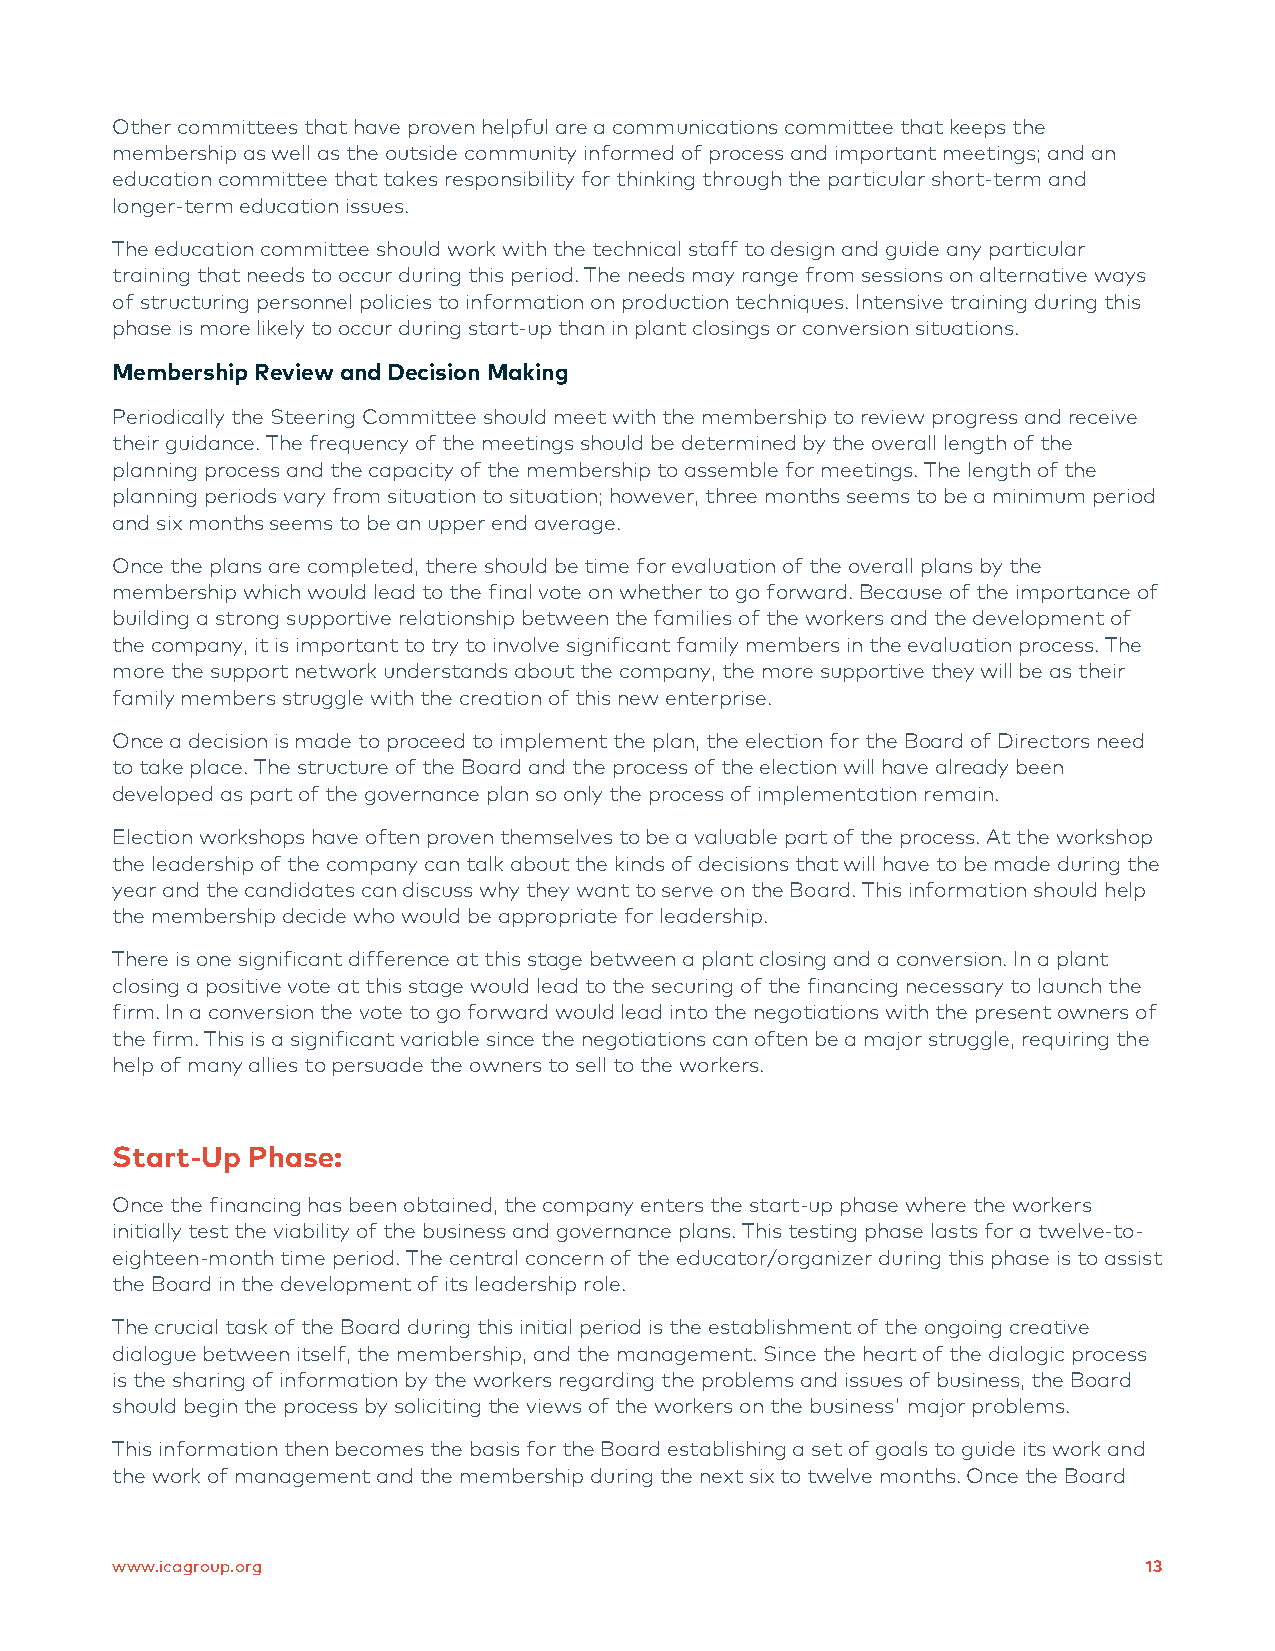
Other committees that have proven helpful are a communications committee that keeps the
 membership as well as the outside community informed of process and important meetings; and an
 education committee that takes responsibility for thinking through the particular short-term and
 longer-term education issues.
 The education committee should work with the technical staff to design and guide any particular
 training that needs to occur during this period. The needs may range from sessions on alternative ways
 of structuring personnel policies to information on production techniques. Intensive training during this
 phase is more likely to occur during start-up than in plant closings or conversion situations.
 Membership Review and Decision Making
 Periodically the Steering Committee should meet with the membership to review progress and receive
 their guidance. The frequency of the meetings should be determined by the overall length of the
 planning process and the capacity of the membership to assemble for meetings. The length of the
 planning periods vary from situation to situation; however, three months seems to be a minimum period
 and six months seems to be an upper end average.
 Once the plans are completed, there should be time for evaluation of the overall plans by the
 membership which would lead to the final vote on whether to go forward. Because of the importance of
 building a strong supportive relationship between the families of the workers and the development of
 the company, it is important to try to involve significant family members in the evaluation process. The
 more the support network understands about the company, the more supportive they will be as their
 family members struggle with the creation of this new enterprise.
 Once a decision is made to proceed to implement the plan, the election for the Board of Directors need
 to take place. The structure of the Board and the process of the election will have already been
 developed as part of the governance plan so only the process of implementation remain.
 Election workshops have often proven themselves to be a valuable part of the process. At the workshop
 the leadership of the company can talk about the kinds of decisions that will have to be made during the
 year and the candidates can discuss why they want to serve on the Board. This information should help
 the membership decide who would be appropriate for leadership.
 There is one significant difference at this stage between a plant closing and a conversion. In a plant
 closing a positive vote at this stage would lead to the securing of the financing necessary to launch the
 firm. In a conversion the vote to go forward would lead into the negotiations with the present owners of
 the firm. This is a significant variable since the negotiations can often be a major struggle, requiring the
 help of many allies to persuade the owners to sell to the workers.
 Start-Up Phase:
 Once the financing has been obtained, the company enters the start-up phase where the workers
 initially test the viability of the business and governance plans. This testing phase lasts for a twelve-to-
 eighteen-month time period. The central concern of the educator/organizer during this phase is to assist
 the Board in the development of its leadership role.
 The crucial task of the Board during this initial period is the establishment of the ongoing creative
 dialogue between itself, the membership, and the management. Since the heart of the dialogic process
 is the sharing of information by the workers regarding the problems and issues of business, the Board
 should begin the process by soliciting the views of the workers on the business' major problems.
 This information then becomes the basis for the Board establishing a set of goals to guide its work and
 the work of management and the membership during the next six to twelve months. Once the Board
 www.icagroup.org                                                     13